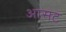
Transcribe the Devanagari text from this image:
आसट